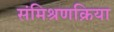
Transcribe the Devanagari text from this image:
संमिश्रणक्रिया